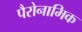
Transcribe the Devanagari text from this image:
पैरोनामिक